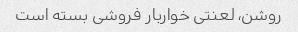
روشن، لعنتی خواربار فروشی بسته است